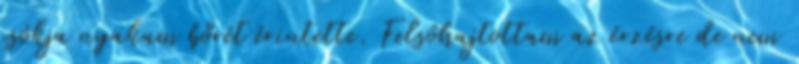
csókja nyakam bőrét érintette. Felsóhajtottam az érzésre de nem